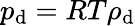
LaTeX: p_{\mathrm{d}}=RT\rho_{\mathrm{d}}